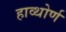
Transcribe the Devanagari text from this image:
हाव्थोर्ण